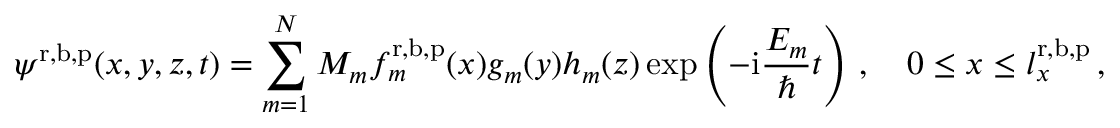
\psi ^ { \mathrm { r } , \mathrm { b } , \mathrm { p } } ( x , y , z , t ) = \sum _ { m = 1 } ^ { N } M _ { m } f _ { m } ^ { \mathrm { r } , \mathrm { b } , \mathrm { p } } ( x ) g _ { m } ( y ) h _ { m } ( z ) \exp \left( - \mathrm { i } \frac { E _ { m } } { \hbar } t \right) \, , \quad 0 \le x \le l _ { x } ^ { \mathrm { r } , \mathrm { b } , \mathrm { p } } \, ,